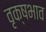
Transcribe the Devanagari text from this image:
वृक्षभाव